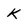
Character: k